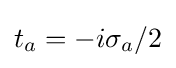
t_{a}=-i\sigma _{a}/2